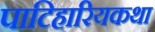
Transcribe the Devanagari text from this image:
पाटिहारियकथा